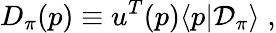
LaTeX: D_{\pi}(p)\equiv u^{T}(p)\langle p|{\cal D}_{\pi}\rangle\; ,